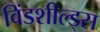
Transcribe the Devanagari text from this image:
विंडशील्ड्स